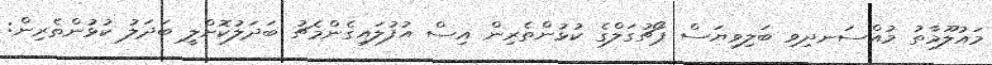
މައުލޫމާތު މުއްސަނދިވި ބަލިވިޔަސް ޕޯޗުގަލްގެ ކުޅުންތެރިން އިސް އުފުލައިގެންމެޗު ބަދަލުކޮށްލީ ބަދަލު ކުޅުންތެރިން: